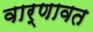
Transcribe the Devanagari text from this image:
वार्णावत